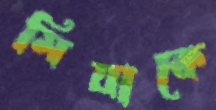
মিয়াকে